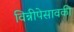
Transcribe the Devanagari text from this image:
विन्नीपेसावकी